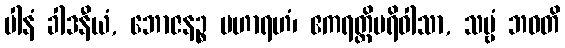
ပါနံ ခါဒနီယံ, ဘောဇနဉ္စ မဟာရဟံ၊ ဧကရတ္တိပရိဝါသာ, သဗ္ဗံ ဘဝတိ